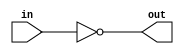
// This program was cloned from: https://github.com/milind7777/VerilogDocGen
// License: MIT License

module notgate(
  input in,
  output out

);

  assign out = ~in;

endmodule